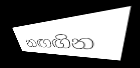
නඟඟින